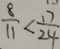
\frac { 8 } { 1 1 } < \frac { 1 7 } { 2 4 }